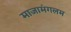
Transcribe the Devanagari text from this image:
माजामंगलम